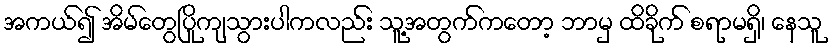
အကယ်၍ အိမ်တွေပြိုကျသွားပါကလည်း သူ့အတွက်ကတော့ ဘာမှ ထိခိုက် စရာမရှိ၊ နေသူ